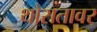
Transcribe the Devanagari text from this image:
थोरातावर